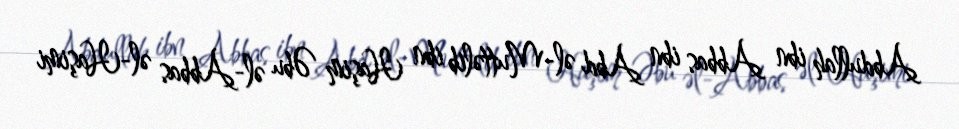
Abdullah ibn Abbas ibn Abd əl-Muttəlib ibn Haşim Əbu əl-Abbas əl-Haşimi